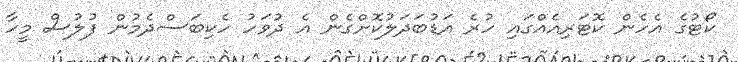
ކޯޓުގެ އެހެން ކޮޓަރިއެއްގައި ހުރެ އަޑުބަދަލުކޮށްގެން އެ ދުވަހު ހެކިބަސްދެމުން ފުލުސް މީހާ